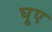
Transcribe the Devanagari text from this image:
घूए